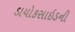
ડાયોકસાઇડની